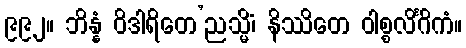
၉၉၂။ ဘိန္နံ ဝိဒါရိတေ’ညသ္မိံ၊ နိဿိတေ ဝါစ္စလိင်္ဂိကံ။